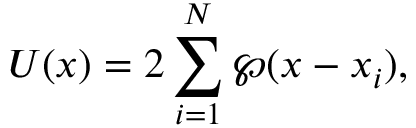
{ \cal U } ( x ) = 2 \sum _ { i = 1 } ^ { N } \wp ( x - x _ { i } ) ,